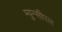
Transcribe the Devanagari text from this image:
म्युन्सीपल